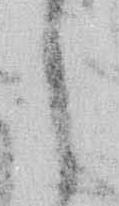
し